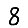
Digit: 8